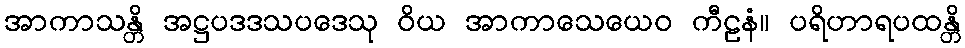
အာကာသန္တိ အဋ္ဌပဒဒသပဒေသု ဝိယ အာကာသေယေဝ ကီဠနံ။ ပရိဟာရပထန္တိ